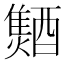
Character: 𨣐